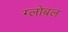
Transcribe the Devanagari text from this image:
ग्लोबल